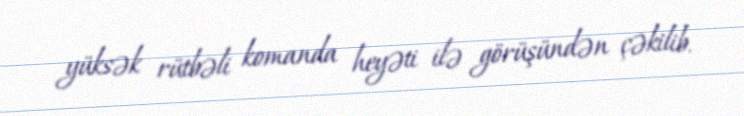
yüksək rütbəli komanda heyəti ilə görüşündən çəkilib.